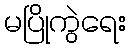
မပြိုကွဲရေး